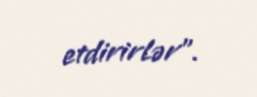
etdirirlər”.